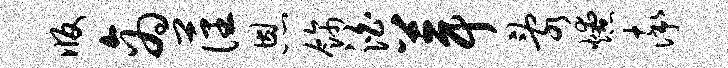
版商藩恩饰泊葺乱燎率